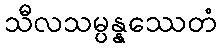
သီလသမ္ပန္နဿေတံ